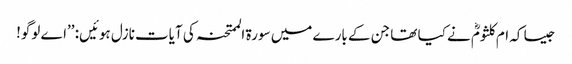
جیسا کہ ام کلثومؓ نے کیا تھا جن کے بارے میں سورۃ الممتحنہ کی آیات نازل ہوئیں: ’’اے لوگو!